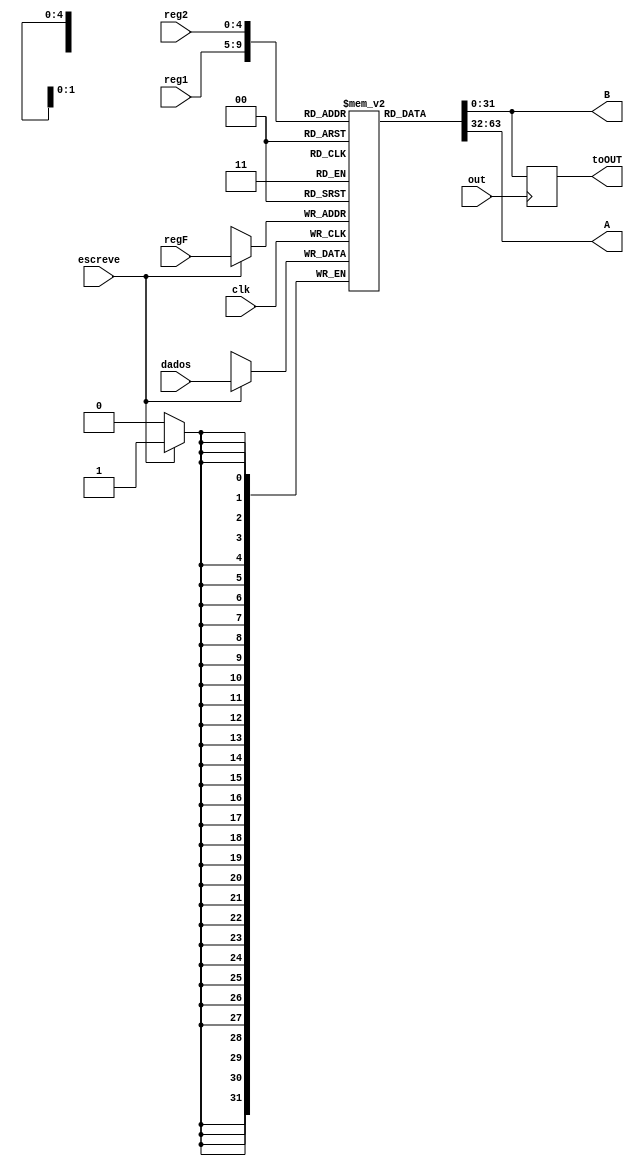
module bancoReg(escreve, out, clk, reg1, reg2, regF, dados, A, B, toOUT);

	input clk, escreve, out;
	input [4:0] reg1, reg2, regF;
	input	[31:0]dados;
	output [31:0] A, B;
	output reg [31:0] toOUT;
	reg [31:0]registradores[31:0];
	
	initial 
	begin : INIT
		integer i;
		for(i=0;i<32;i=i+1) registradores[i] = 32'b0;
	end 
	
always @(posedge clk) begin
	if(escreve == 1'b1)
		registradores[regF] <= dados;
end 

assign A = registradores[reg1];
assign B = registradores[reg2];

always @(posedge out) toOUT <= registradores[reg2];

endmodule